Indian journal of veterinary science and animal husbandry - Volume 9,
Year: 1939
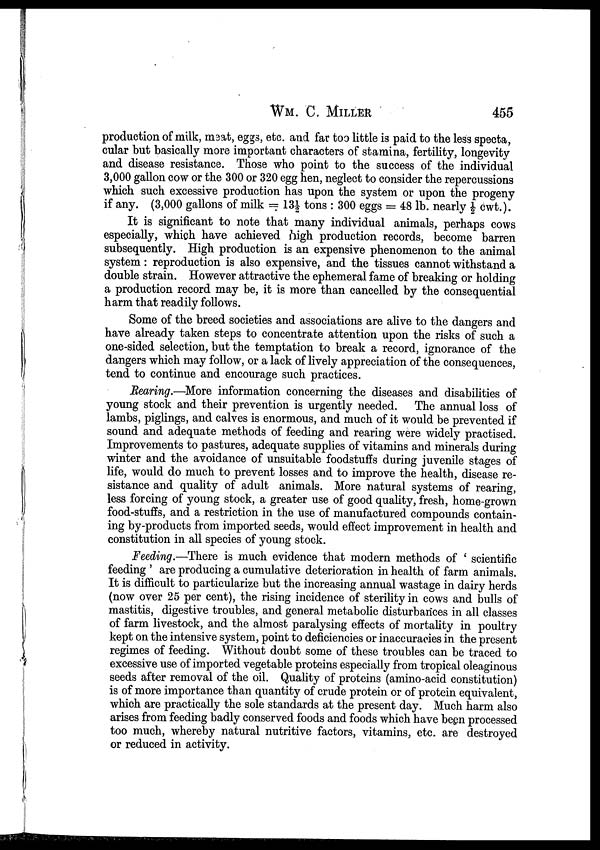
WM. C.
MILLER
455
production of milk, meat, eggs, etc. and far too little is paid to the less specta,
cular but basically more important characters of stamina, fertility, longevity
and disease resistance. Those who point to the success of the individual
3,000 gallon cow or the 300 or 320 egg hen, neglect to consider the repercussions
which such excessive production has upon the system or upon the progeny
if any. (3,000 gallons of milk = 13½ tons : 300 eggs = 48 lb. nearly ½ cwt.).
It is significant to note that many individual animals, perhaps cows
especially, which have achieved high production records, become barren
subsequently. High production is an expensive phenomenon to the animal
system: reproduction is also expensive, and the tissues cannot withstand a
double strain. However attractive the ephemeral fame of breaking or holding
a production record may be, it is more than cancelled by the consequential
harm that readily follows.
Some of the breed societies and associations are alive to the dangers and
have already taken steps to concentrate attention upon the risks of such a
one-sided selection, but the temptation to break a record, ignorance of the
dangers which may follow, or a lack of lively appreciation of the consequences,
tend to continue and encourage such practices.
Rearing.—More information concerning the diseases and disabilities of
young stock and their prevention is urgently needed. The annual loss of
lambs, piglings, and calves is enormous, and much of it would be prevented if
sound and adequate methods of feeding and rearing were widely practised.
Improvements to pastures, adequate supplies of vitamins and minerals during
winter and the avoidance of unsuitable foodstuffs during juvenile stages of
life, would do much to prevent losses and to improve the health, disease re-
sistance and quality of adult animals. More natural systems of rearing,
less forcing of young stock, a greater use of good quality, fresh, home-grown
food-stuffs, and a restriction in the use of manufactured compounds contain-
ing by-products from imported seeds, would effect improvement in health and
constitution in all species of young stock.
Feeding.—There is much evidence that modern methods of ' scientific
feeding ' are producing a cumulative deterioration in health of farm animals.
It is difficult to particularize but the increasing annual wastage in dairy herds
(now over 25 per cent), the rising incidence of sterility in cows and bulls of
mastitis, digestive troubles, and general metabolic disturbances in all classes
of farm livestock, and the almost paralysing effects of mortality in poultry
kept on the intensive system, point to deficiencies or inaccuracies in the present
regimes of feeding. Without doubt some of these troubles can be traced to
excessive use of imported vegetable proteins especially from tropical oleaginous
seeds after removal of the oil. Quality of proteins (amino-acid constitution)
is of more importance than quantity of crude protein or of protein equivalent,
which are practically the sole standards at the present day. Much harm also
arises from feeding badly conserved foods and foods which have been processed
too much, whereby natural nutritive factors, vitamins, etc. are destroyed
or reduced in activity.